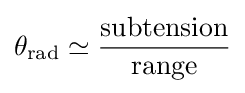
\theta _{\text{rad}}\simeq {\frac {\text{subtension}}{\text{range}}}